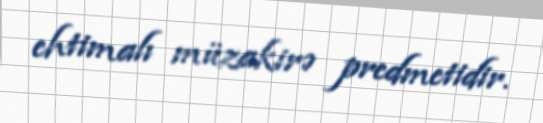
ehtimalı müzakirə predmetidir.